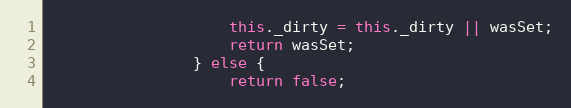
Language: JavaScript
                    this._dirty = this._dirty || wasSet;
                    return wasSet;
                } else {
                    return false;